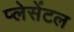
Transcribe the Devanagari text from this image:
प्लेसेंटल